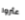
عثروا